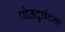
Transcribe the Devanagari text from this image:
पोतदुर्घटना